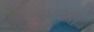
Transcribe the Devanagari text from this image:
लहरसवारी